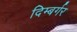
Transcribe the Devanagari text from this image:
दिम्बर्गर